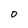
Character: o